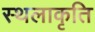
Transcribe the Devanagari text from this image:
स्‍थलाकृति